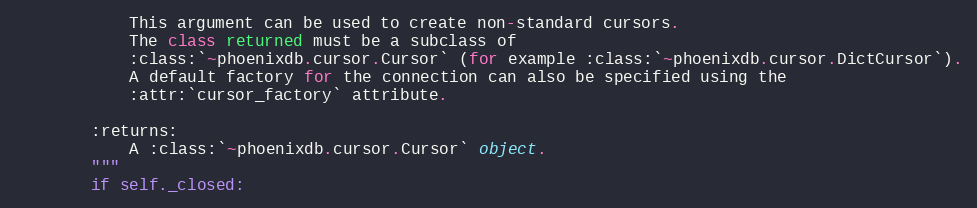
Language: Python
            This argument can be used to create non-standard cursors.
            The class returned must be a subclass of
            :class:`~phoenixdb.cursor.Cursor` (for example :class:`~phoenixdb.cursor.DictCursor`).
            A default factory for the connection can also be specified using the
            :attr:`cursor_factory` attribute.

        :returns:
            A :class:`~phoenixdb.cursor.Cursor` object.
        """
        if self._closed: